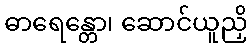
ဓာရေန္တော၊ ဆောင်ယူညှိ